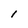
Character: l